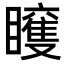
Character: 𥌍